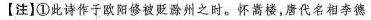
【注】①此诗作于欧阳修被贬滁州之时。怀嵩楼，唐代名相李德